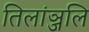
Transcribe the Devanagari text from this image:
तिलांञ्जलि